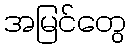
အမြင်တွေ